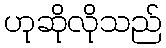
ဟုဆိုလိုသည်